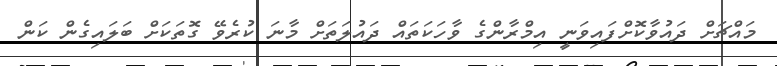
މައްޗަށް ދައުވާކޮށްފައިވަނީ އިމްރާންގެ ވާހަކަތައް ދައުލަތަށް މާނަ ކުރެވޭ ގޮތަކަށް ބަލައިގެން ކަން